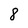
Character: 8